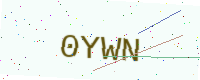
Text: 0YWN